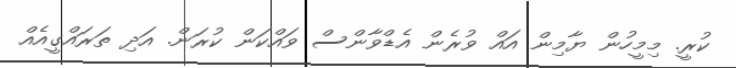
ކުރީ. މިމީހުން ޔާމިން އައް ވުރެން އެޑްވާންސް ވައްކަން ކުރަން. އަދި ތަރައްގީއެއް